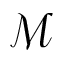
\mathcal M